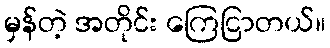
မှန်တဲ့ အတိုင်း ကြေငြာတယ်။